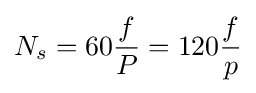
N_{s}=60{\frac {f}{P}}=120{\frac {f}{p}}